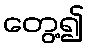
တွေ့၍